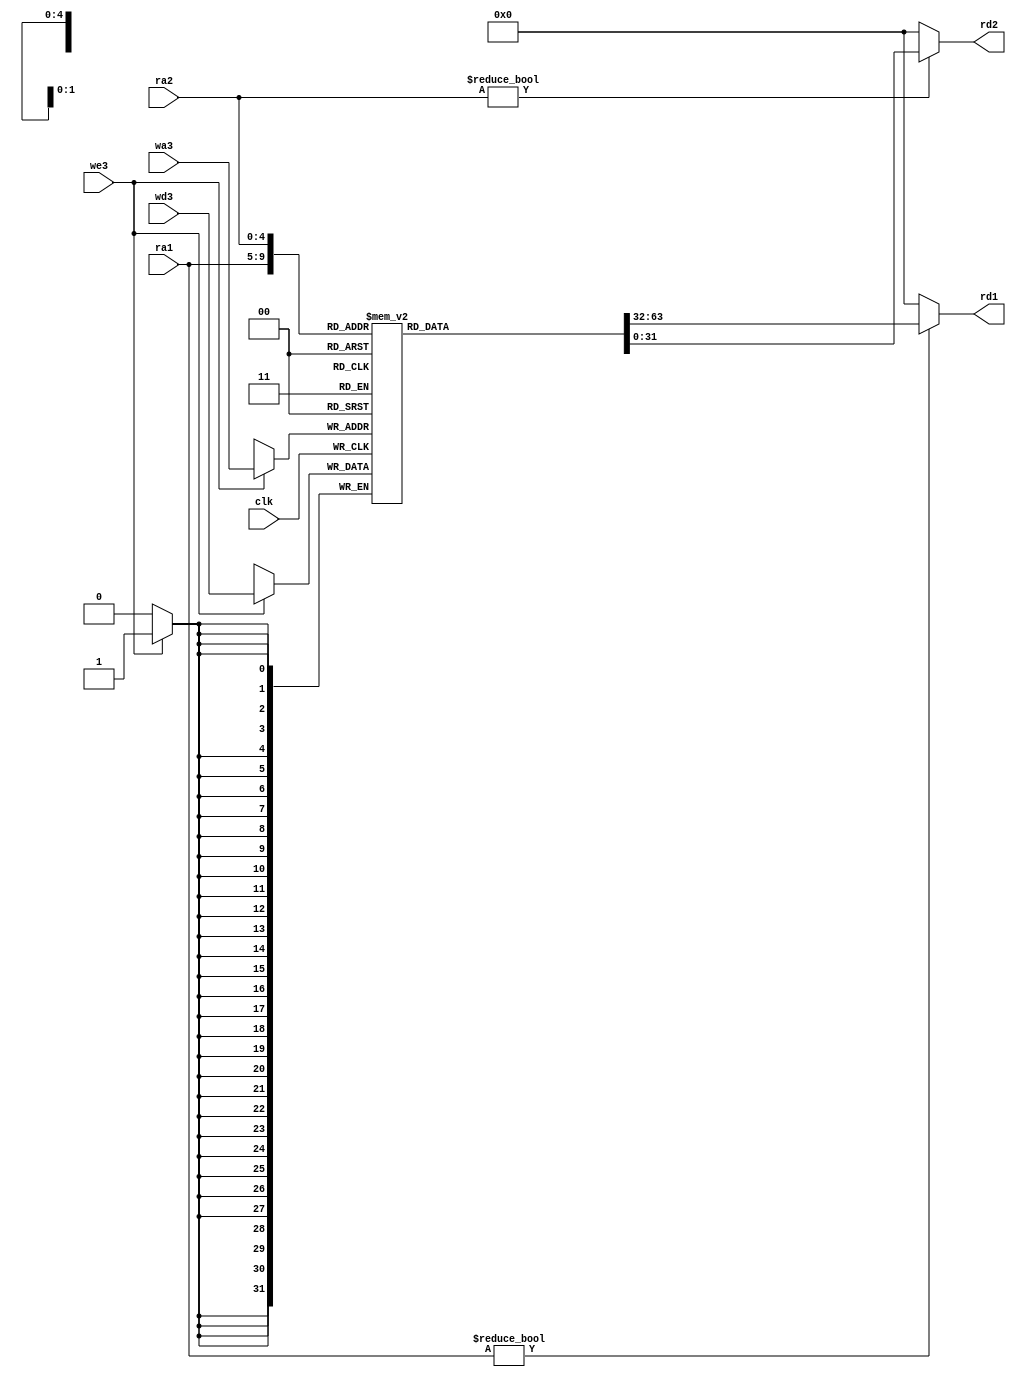
`timescale 1ns / 1ps
//////////////////////////////////////////////////////////////////////////////////
// Company: 
// Engineer: 
// 
// Design Name: 
// Module Name: regfile
// Project Name: 
// Target Devices: 
// Tool Versions: 
// Description: 
// 
// Dependencies: 
// 
// Revision:
// Revision 0.01 - File Created
// Additional Comments:
// 
//////////////////////////////////////////////////////////////////////////////////


module regfile(
	input wire clk,
	// input wire rst,
	input wire we3,
	input wire[4:0] ra1,ra2,wa3,
	input wire[31:0] wd3,
	output wire[31:0] rd1,rd2
    );

	reg [31:0] rf[31:0];
	
	always @(posedge clk) begin
		// if(rst) begin
		// 	integer i;
		// 	for (i = 0; i <= 31; i=i+1) begin
		// 		rf[i] <= 32'b0;
		// 	end
		// end
		// else 
		if(we3) begin
			 rf[wa3] <= wd3;
		end
	end
	
	assign rd1 = (ra1 != 0) ? rf[ra1] : 0;
	assign rd2 = (ra2 != 0) ? rf[ra2] : 0;
endmodule